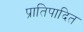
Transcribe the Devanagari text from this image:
प्रातिपादित